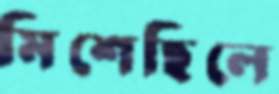
মিশেছিলে